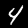
Digit: 4